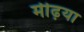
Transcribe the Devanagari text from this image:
मीढ़या